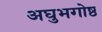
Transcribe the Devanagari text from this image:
अघुभगोष्ठ